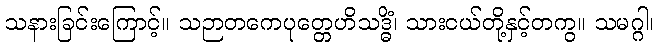
သနားခြင်းကြောင့်။ သဉာတကေပုတ္တေဟိသဒ္ဓိံ၊ သားငယ်တို့နှင့်တကွ။ သမဂ္ဂါ၊